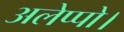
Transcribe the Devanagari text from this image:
अलेप्पो।